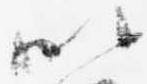
以